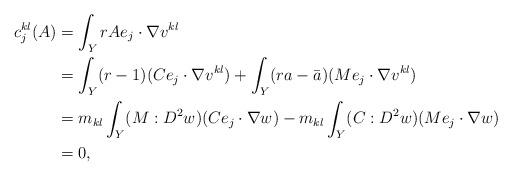
LaTeX: \begin{align*}c_j^{kl}(A) &= \int_Y rAe_j\cdot \nabla v^{kl} \\&= \int_Y (r-1)(Ce_j\cdot \nabla v^{kl}) + \int_Y (ra-\bar{a})(Me_j\cdot \nabla v^{kl}) \\ &=m_{kl}\int_Y (M:D^2 w)(Ce_j\cdot \nabla w) - m_{kl}\int_Y (C:D^2 w)(Me_j\cdot \nabla w) \\&= 0,\end{align*}